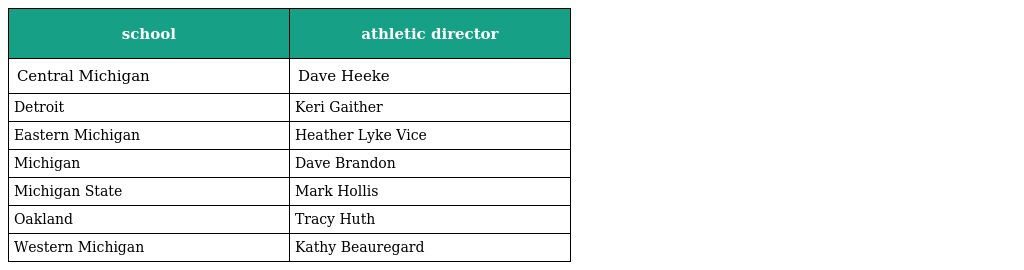
| school | athletic director |
 | --- | --- |
 | Central Michigan | Dave Heeke |
 | Detroit | Keri Gaither |
 | Eastern Michigan | Heather Lyke Vice |
 | Michigan | Dave Brandon |
 | Michigan State | Mark Hollis |
 | Oakland | Tracy Huth |
 | Western Michigan | Kathy Beauregard |